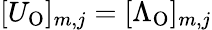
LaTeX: [U_{\mathrm{O}}]_{m,j}=[\Lambda_{\mathrm{O}}]_{m,j}